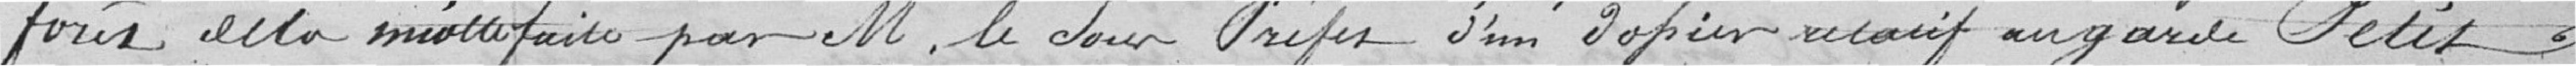
Four de la Miotte .... faite par Monsieur le Sous-Préfet, d'un papier relatif au garde Petit